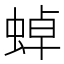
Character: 𧌸